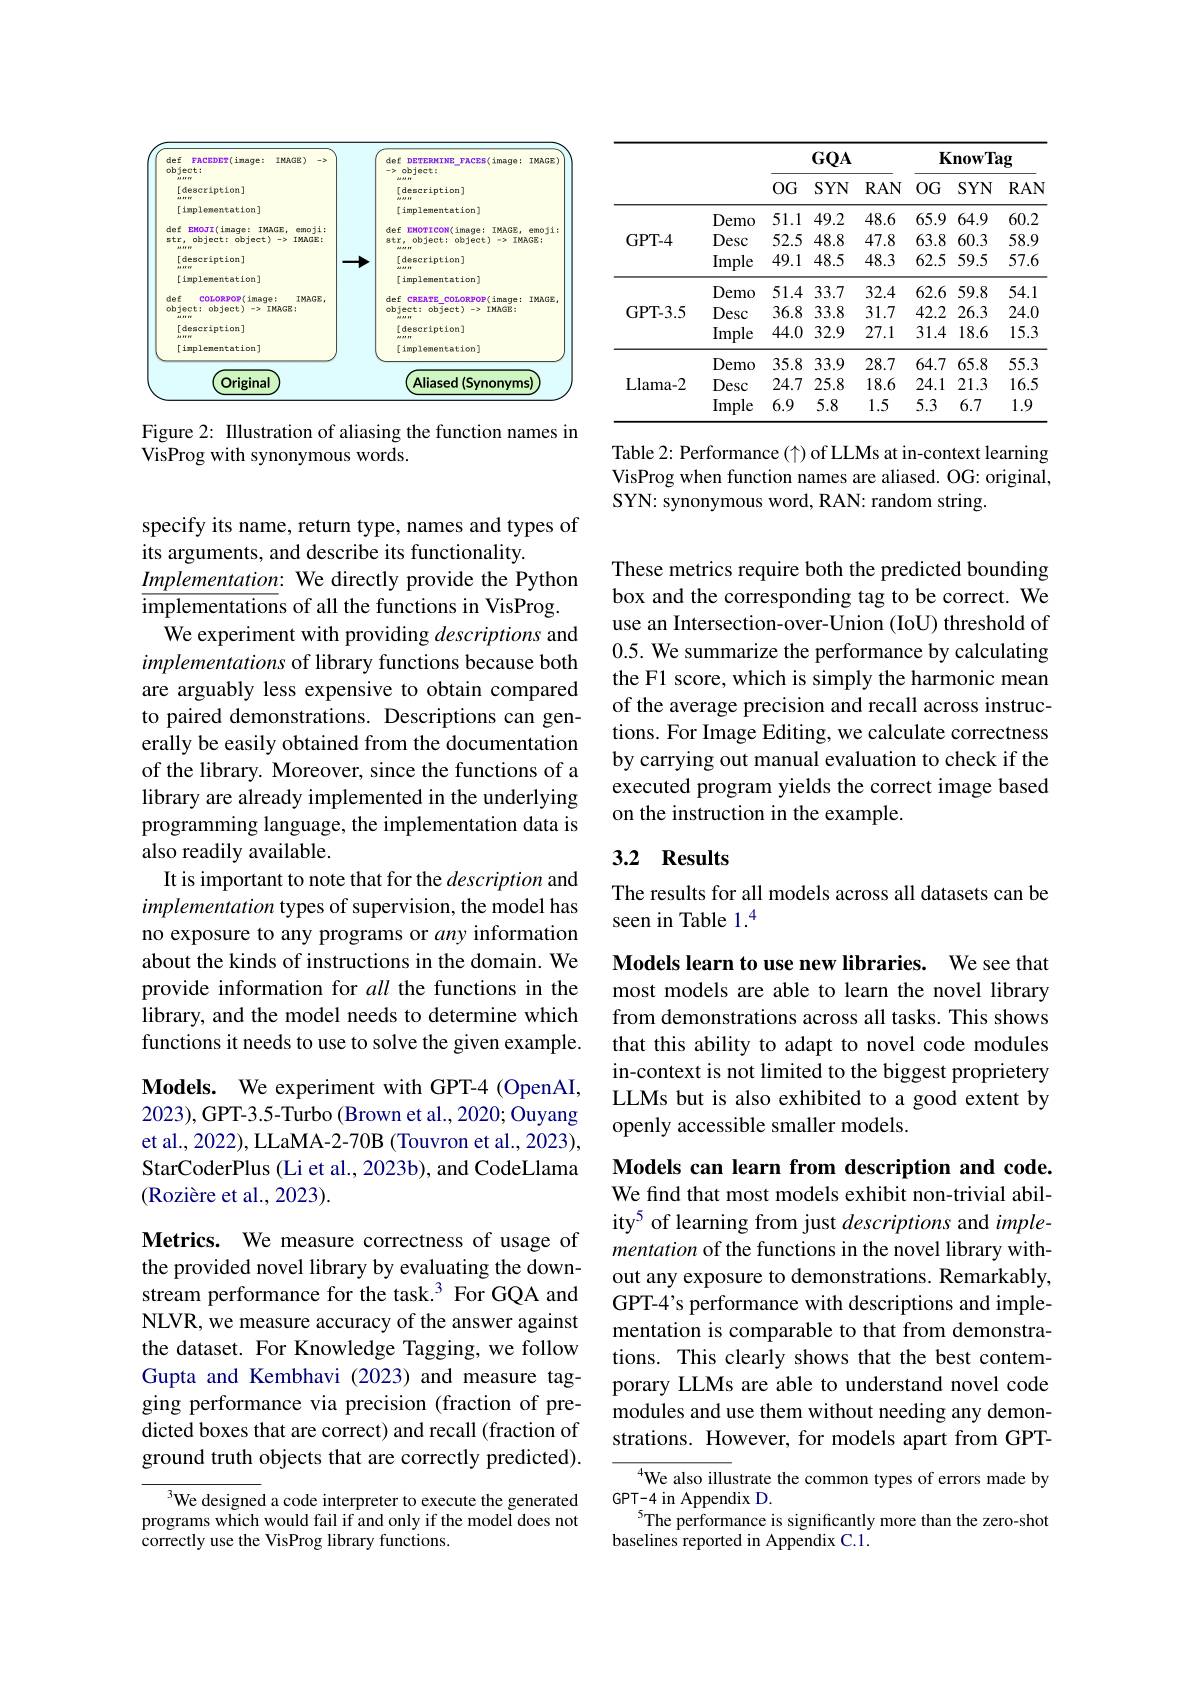
<FigureHere>

Figure 2: IIlustration of aliasing the function names in
VisProg with synonymous words.

<table>
	<tbody>
		<tr>
			<th> </th>
			<th> </th>
			<th colspan="3">$GQA$</th>
			<th colspan="3">KnowTag</th>
		</tr>
		<tr>
			<th> </th>
			<th> </th>
			<th>$0G$</th>
			<th>SYN</th>
			<th>$RAN$</th>
			<th>$0G$</th>
			<th>SYN</th>
			<th>$RAN$</th>
		</tr>
		<tr>
			<td> </td>
			<td>Demo</td>
			<td>51.1</td>
			<td>49.2</td>
			<td>48.6</td>
			<td>65.9</td>
			<td>64.9</td>
			<td>60.2</td>
		</tr>
		<tr>
			<td rowspan="2">GPT-4</td>
			<td>Desc</td>
			<td>52.5</td>
			<td>48.8</td>
			<td>47.8</td>
			<td>63.8</td>
			<td>60.3</td>
			<td>58.9</td>
		</tr>
		<tr>
			<td>Imple</td>
			<td>49.1</td>
			<td>48.5</td>
			<td>48.3</td>
			<td>62.5</td>
			<td>59.5</td>
			<td>57.6</td>
		</tr>
		<tr>
			<td> </td>
			<td>Demo</td>
			<td>51.4</td>
			<td>33.7</td>
			<td>32.4</td>
			<td>62.6</td>
			<td>59.8</td>
			<td>54.1</td>
		</tr>
		<tr>
			<td rowspan="2">GPT-3.5</td>
			<td>Desc</td>
			<td>36.8</td>
			<td>33.8</td>
			<td>31.7</td>
			<td>42.2</td>
			<td>26.3</td>
			<td>24.0</td>
		</tr>
		<tr>
			<td>Imple</td>
			<td>44.0</td>
			<td>32.9</td>
			<td>27.1</td>
			<td>31.4</td>
			<td>18.6</td>
			<td>15.3</td>
		</tr>
		<tr>
			<td rowspan="3">Llama- 2</td>
			<td>Demo</td>
			<td>35.8</td>
			<td>33.9</td>
			<td>28.7</td>
			<td>64.7</td>
			<td>65.8</td>
			<td>55.3</td>
		</tr>
		<tr>
			<td>Desc</td>
			<td>24.7</td>
			<td>25.8</td>
			<td>18.6</td>
			<td>24.1</td>
			<td>21.3</td>
			<td>16.5</td>
		</tr>
		<tr>
			<td>Imple</td>
			<td>6.9</td>
			<td>5.8</td>
			<td>1.5</td>
			<td>5.3</td>
			<td>6.7</td>
			<td>1.9</td>
		</tr>
	</tbody>
</table>

Table 2: Performance (个) of LLMs at in-context learning VisProg when function names are aliased. OG: original, SYN: synonymous word, RAN: random string.

specify its name, return type, names and types of
its arguments, and describe its functionality.
Implementation: We directly provide the Python
$\overline{\text{implementations of all the functions in VisProg.}}$
We experiment with providing descriptions and implementations of library functions because both are arguably less expensive to obtain compared to paired demonstrations. Descriptions can generally be easily obtained from the documentation of the library. Moreover, since the functions of a library are already implemented in the underlying programming language, the implementation data is also readily available.
It is important to note that for the description and implementation types of supervision, the model has no exposure to any programs or any information about the kinds of instructions in the domain. We provide information for all the functions in the library, and the model needs to determine which functions it needs to use to solve the given example. Models. We experiment with GPT-4 (OpenAI,

2023), GPT-3.5- Turbo (Brown et al., 2020; Ouyang et al., 2022), LLaMA-2-70B (Touvron et al., 2023), StarCoderPlus (Li et al., 2023b), and CodeLlama (Rozière et al., 2023).

Metrics. We measure correctness of usage of the provided novel library by evaluating the downstream performance for the task.3 For GQA and NLVR, we measure accuracy of the answer against the dataset. For Knowledge Tagging, we follow Gupta and Kembhavi (2023) and measure tagging performance via precision (fraction of predicted boxes that are correct) and recall (fraction of ground truth objects that are correctly predicted).

We designed a code interpreter to execute the generated programs which would fail if and only if the model does not correctly use the VisProg library functions.

These metrics require both the predicted bounding box and the corresponding tag to be correct. We use an Intersection-over-Union (IoU) threshold of 0.5. We summarize the performance by calculating the F1 score, which is simply the harmonic mean of the average precision and recall across instructions. For Image Editing, we calculate correctness by carrying out manual evaluation to check if the executed program yields the correct image based on the instruction in the example.

## 3.2 Results

The results for all models across all datasets can be
seen in Table 1.$^{4}$

Models learn to use new libraries. We see that most models are able to learn the novel library from demonstrations across all tasks. This shows that this ability to adapt to novel code modules in-context is not limited to the biggest proprietery LLMs but is also exhibited to a good extent by openly accessible smaller models.

Models can learn from description and code.

We find that most models exhibit non-trivial ability$^{5}$ of learning from just descriptions and implementation of the functions in the novel library without any exposure to demonstrations. Remarkably, GPT-4's performance with descriptions and implementation is comparable to that from demonstrations. This clearly shows that the best contemporary LLMs are able to understand novel code modules and use them without needing any demonstrations. However, for models apart from GPT-

We also illustrate the common types of errors made by
GPT- 4 in Appendix D.
$^{5}$The performance is significantly more than the zero-shot
baselines reported in Appendix C.1.